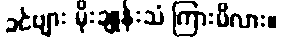
ခင်ဗျား မိုးချုန်းသံ ကြားမိလား။